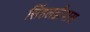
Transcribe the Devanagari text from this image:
सिंहलद्वीपास